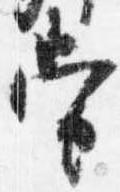
当